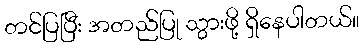
တင်ပြပြီး အတည်ပြု သွားဖို့ ရှိနေပါတယ်။